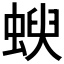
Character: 𧍳